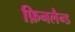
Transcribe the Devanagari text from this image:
फ़िनलैन्ड